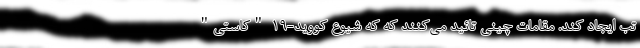
تب ایجاد کند. مقامات چینی تائید می‌کنند که که شیوع کووید-19 "کاستی‌"